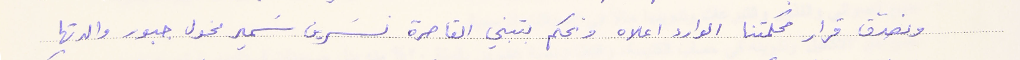
ونصدّق قرار محكمتنا الوارد اعلاه ونحكم بتبني القاصرة نسَرين سَمير مخول جبور والدتها